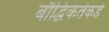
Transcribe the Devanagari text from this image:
बौद्धिकतेकडे